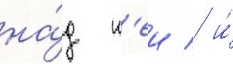
на́д н'еи / и́